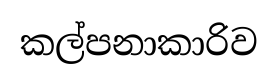
කල්පනාකාරිව